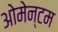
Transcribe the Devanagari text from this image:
ओमेन्टम